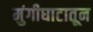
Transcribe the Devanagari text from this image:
मुंगीघाटातून